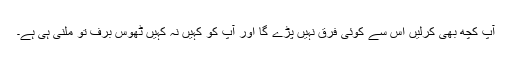
آپ کچھ بھی کرلیں اس سے کوئی فرق نہیں پڑے گا اور آپ کو کہیں نہ کہیں ٹھوس برف تو ملنی ہی ہے۔